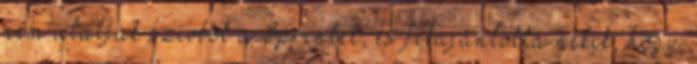
nem utálják szívből a Sprintet, és felajánlotta nekik, hogy